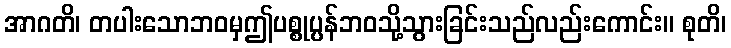
အာဂတိ၊ တပါးသောဘဝမှဤပစ္စုပ္ပန်ဘဝသို့သွားခြင်းသည်လည်းကောင်း။ စုတိ၊